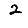
Digit: 2